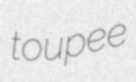
toupee